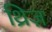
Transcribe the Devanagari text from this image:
थ्रिज़